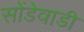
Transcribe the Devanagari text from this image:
सोंडेवाडी